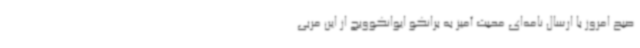
صبح امروز با ارسال نامه‌ای محبت آمیز به برانکو ایوانکوویچ از این مربی